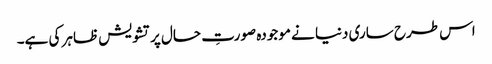
اس طرح ساری دنیا نے موجودہ صورتِ حال پر تشویش ظاہر کی ہے۔